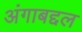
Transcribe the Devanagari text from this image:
अंगाबद्दल